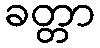
ခတ္တာ